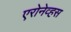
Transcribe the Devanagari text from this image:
एरोनेव्हस